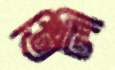
তিলী